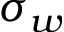
\sigma _ { w }